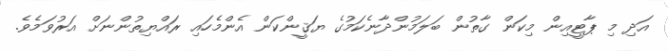
އަދި މި ޕާޓީއިން މިކަން ގާތުން ބަލަމުންދާނެކަމުގެ ޔަޤީންކަން އެންމެހައި ރައްޔިތުންނަށް އަރުވަމެވެ.